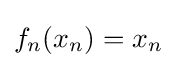
f_{n}(x_{n})=x_{n}